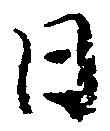
日